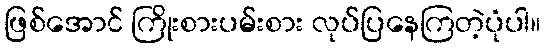
ဖြစ်အောင် ကြိုးစားပမ်းစား လုပ်ပြနေကြတဲ့ပုံပါ။